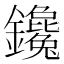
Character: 鑱